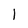
Character: 1